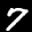
Label: 7